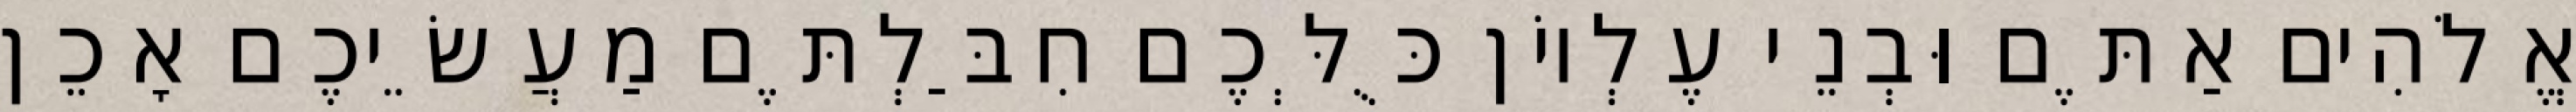
אֱלֹהִים אַתֶּם וּבְנֵי עֶלְיוֹן כֻּלְּכֶם חִבַּלְתֶּם מַעֲשֵׂיכֶם אָכֵן